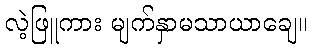
လဲ့ဖြူကား မျက်နှာမသာယာချေ။